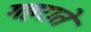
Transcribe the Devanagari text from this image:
गहराते